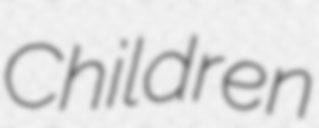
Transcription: Children